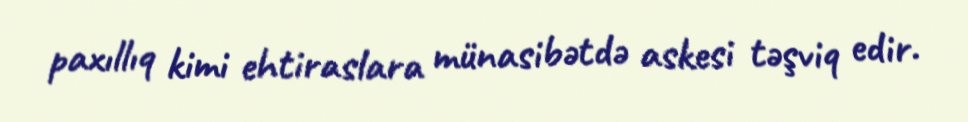
paxıllıq kimi ehtiraslara münasibətdə askesi təşviq edir.